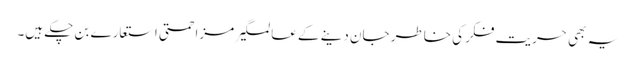
یہ بھی حریت فکر کی خاطر جان دینے کے عالمگیر مزاحمتی استعارے بن چکے ہیں۔